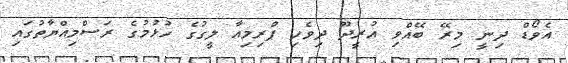
އެވޯޑް ދިނީ މިރޭ ބޭއްވި އުރީދޫ ދިވެހި ޕްރިމިއާ ލީގުގެ ހުޅުމުގެ ރަސްމިއްޔާތުގައި